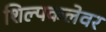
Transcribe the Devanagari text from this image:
शिल्पकलेवर